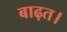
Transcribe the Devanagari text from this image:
बाढ़त।